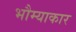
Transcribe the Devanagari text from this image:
भौम्याकार